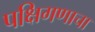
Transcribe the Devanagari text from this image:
पक्षिगणाचा